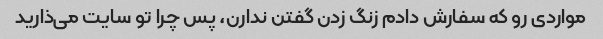
مواردی رو که سفارش دادم زنگ زدن گفتن ندارن، پس چرا تو سایت می‌ذارید